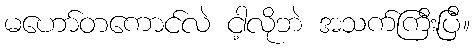
မဟော်တကောင်လဲ ငါ့လိုဘဲ အသက်ကြီးပြီ။